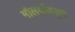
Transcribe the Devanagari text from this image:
मौलवींकडून